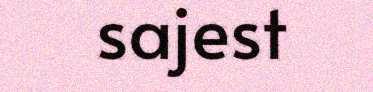
sajest